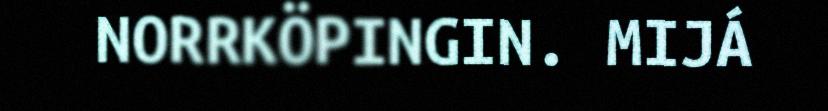
NORRKÖPINGIN. MIJÁ